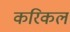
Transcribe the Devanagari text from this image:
करिकल